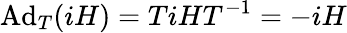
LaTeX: \mathrm{Ad}_{T}(iH)=TiHT^{-1}=-iH